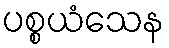
ပစ္စယံသေန